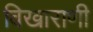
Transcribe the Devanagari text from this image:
विखाराणी